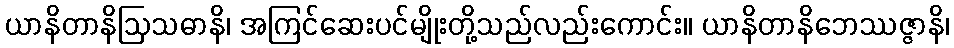
ယာနိတာနိဩသဓာနိ၊ အကြင်ဆေးပင်မျိုးတို့သည်လည်းကောင်း။ ယာနိတာနိဘေဿဇ္ဇာနိ၊